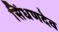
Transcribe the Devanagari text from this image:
सिंधणदेव